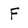
Character: F